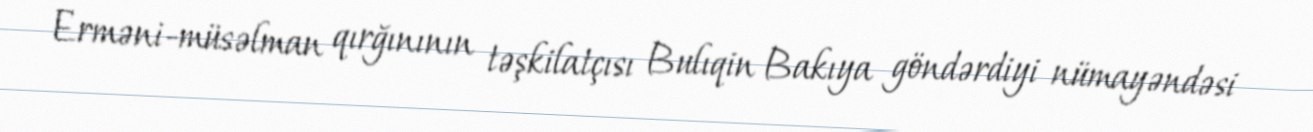
Erməni-müsəlman qırğınının təşkilatçısı Bulıqin Bakıya göndərdiyi nümayəndəsi